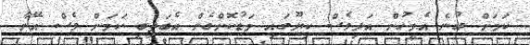
ކަމަށް ބުނެ އެމީހުން އަދިވެސް ކިޔޫގައި މަޑުކޮށްގެން އެބަތިބި ކަމަށް ވެސް އޭނާ